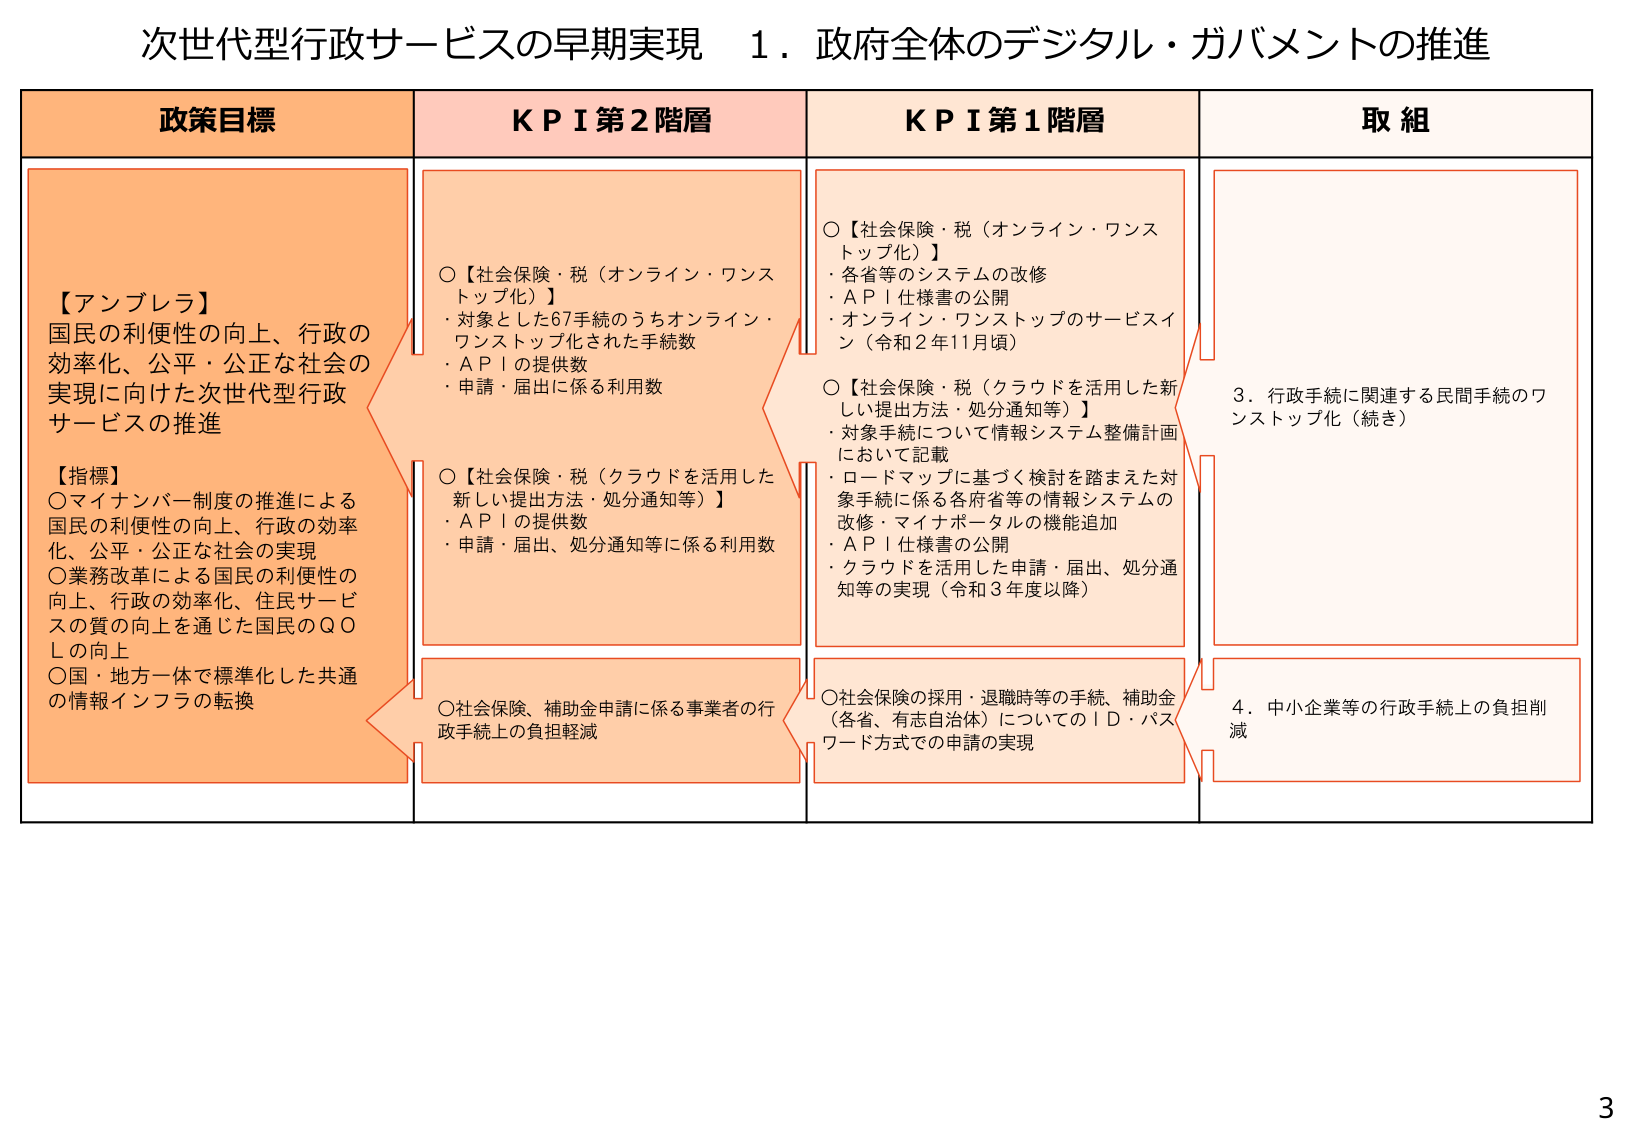
次世代型行政サービスの早期実現　１．政府全体のデジタル・ガバメントの推進

政策目標
【アンブレラ】
国民の利便性の向上、行政の
効率化、公平・公正な社会の
実現に向けた次世代型行政
サービスの推進
【指標】
○マイナンバー制度の推進による
国民の利便性の向上、行政の効率
化、公平・公正な社会の実現
○業務改革による国民の利便性の
向上、行政の効率化、住民サービ
スの質の向上を通じた国民のＱＯ
Ｌの向上
○国・地方一体で標準化した共通
の情報インフラの転換

ＫＰＩ第２階層
○【社会保険・税（オンライン・ワンス
トップ化）】
・対象とした67手続のうちオンライン・
ワンストップ化された手続数
・ＡＰＩの提供数
・申請・届出に係る利用数
○【社会保険・税（クラウドを活用した
新しい提出方法・処分通知等）】
・ＡＰＩの提供数
・申請・届出、処分通知等に係る利用数
○社会保険、補助金申請に係る事業者の行
政手続上の負担軽減

ＫＰＩ第１階層
○【社会保険・税（オンライン・ワンス
トップ化）】
・各省等のシステムの改修
・ＡＰＩ仕様書の公開
・オンライン・ワンストップのサービスイ
ン（令和２年11月頃）
○【社会保険・税（クラウドを活用した新
しい提出方法・処分通知等）】
・対象手続について情報システム整備計画
において記載
・ロードマップに基づく検討を踏まえた対
象手続に係る各府省等の情報システムの
改修・マイナポータルの機能追加
・ＡＰＩ仕様書の公開
・クラウドを活用した申請・届出、処分通
知等の実現（令和３年度以降）
○社会保険の採用・退職時等の手続、補助金
（各省、有志自治体）についてのＩＤ・パス
ワード方式での申請の実現

取組
３．行政手続に関連する民間手続のワ
ンストップ化（続き）
４．中小企業等の行政手続上の負担削
減

3